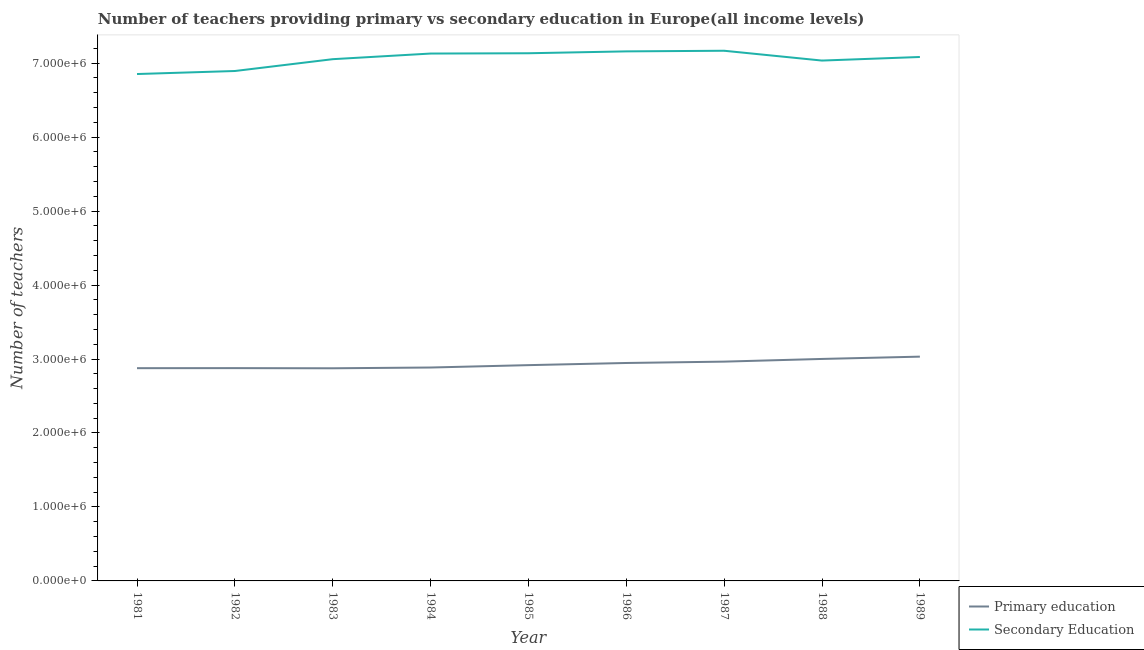
| Year | Primary education | Secondary Education |
 | --- | --- | --- |
 | 1981 | 2.88e+06 | 6.85e+06 |
 | 1982 | 2.88e+06 | 6.89e+06 |
 | 1983 | 2.87e+06 | 7.05e+06 |
 | 1984 | 2.88e+06 | 7.13e+06 |
 | 1985 | 2.92e+06 | 7.13e+06 |
 | 1986 | 2.95e+06 | 7.16e+06 |
 | 1987 | 2.96e+06 | 7.17e+06 |
 | 1988 | 3e+06 | 7.03e+06 |
 | 1989 | 3.03e+06 | 7.08e+06 |